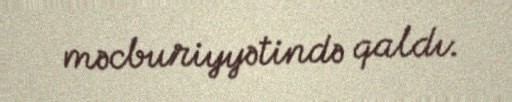
məcburiyyətində qaldı.